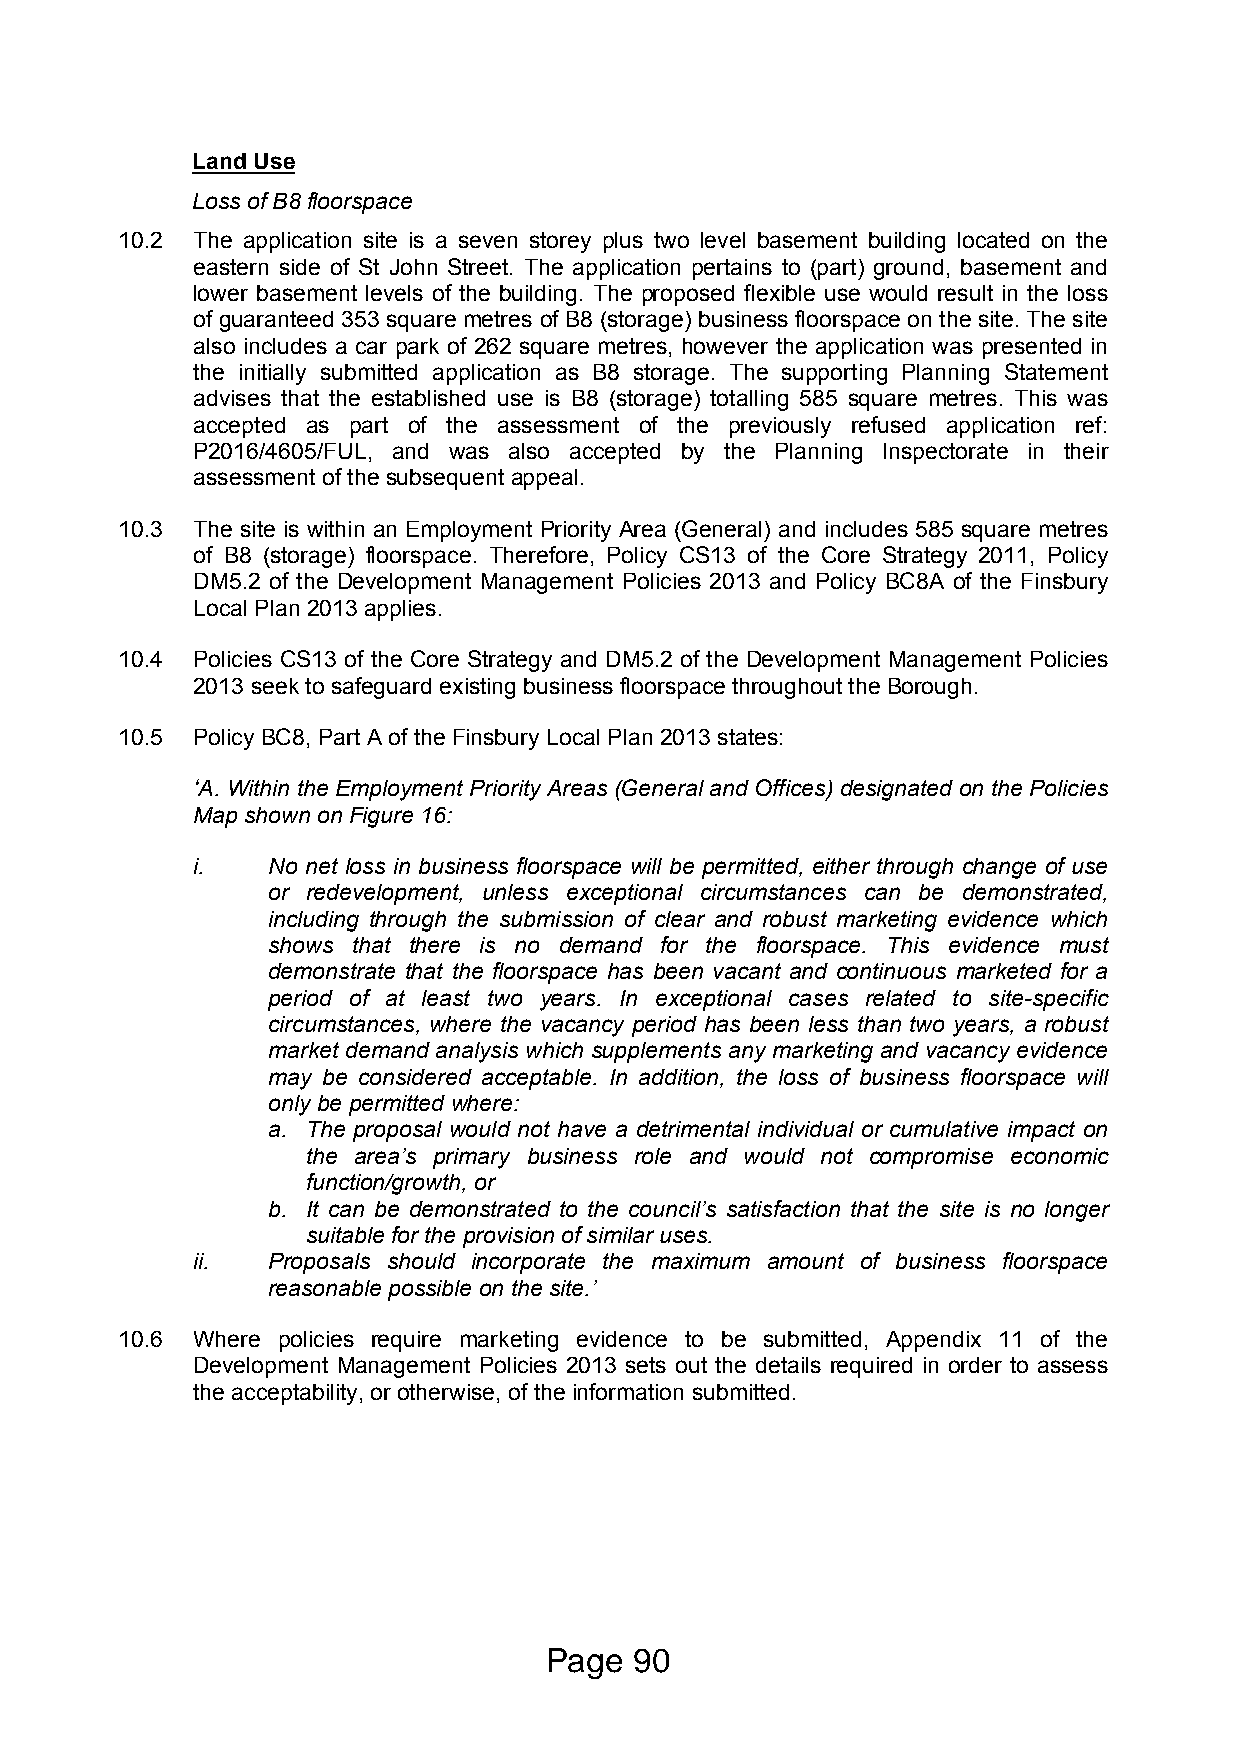
Land Use
 Loss of B8 floorspace
 10.2 The application site is a seven storey plus two level basement building located on the
 eastern side of St John Street. The application pertains to (part) ground, basement and
 lower basement levels of the building. The proposed flexible use would result in the loss
 of guaranteed 353 square metres of B8 (storage) business floorspace on the site. The site
 also includes a car park of 262 square metres, however the application was presented in
 the initially submitted application as B8 storage. The supporting Planning Statement
 advises that the established use is B8 (storage) totalling 585 square metres. This was
 accepted as part of the assessment of the previously refused application ref:
 P2016/4605/FUL, and was also accepted by the Planning Inspectorate in their
 assessment of the subsequent appeal.
 10.3 The site is within an Employment Priority Area (General) and includes 585 square metres
 of B8 (storage) floorspace. Therefore, Policy CS13 of the Core Strategy 2011, Policy
 DM5.2 of the Development Management Policies 2013 and Policy BC8A of the Finsbury
 Local Plan 2013 applies.
 10.4 Policies CS13 of the Core Strategy and DM5.2 of the Development Management Policies
 2013 seek to safeguard existing business floorspace throughout the Borough.
 10.5 Policy BC8, Part A of the Finsbury Local Plan 2013 states:
 ‘A. Within the Employment Priority Areas (General and Offices) designated on the Policies
 Map shown on Figure 16:
 i.   No net loss in business floorspace will be permitted, either through change of use
 or redevelopment, unless exceptional circumstances can be demonstrated,
 including through the submission of clear and robust marketing evidence which
 shows that there is no demand for the floorspace. This evidence must
 demonstrate that the floorspace has been vacant and continuous marketed for a
 period of at least two years. In exceptional cases related to site-specific
 circumstances, where the vacancy period has been less than two years, a robust
 market demand analysis which supplements any marketing and vacancy evidence
 may be considered acceptable. In addition, the loss of business floorspace will
 only be permitted where:
 a. The proposal would not have a detrimental individual or cumulative impact on
 the area’s primary business role and would not compromise economic
 function/growth, or
 b. It can be demonstrated to the council’s satisfaction that the site is no longer
 suitable for the provision of similar uses.
 ii.  Proposals should incorporate the maximum amount of business floorspace
 reasonable possible on the site.’
 10.6 Where policies require marketing evidence to be submitted, Appendix 11 of the
 Development Management Policies 2013 sets out the details required in order to assess
 the acceptability, or otherwise, of the information submitted.
 Page  90